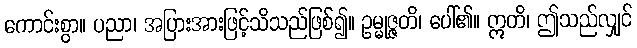
ကောင်းစွာ။ ပညာ၊ အပြားအားဖြင့်သိသည်ဖြစ်၍။ ဥမ္မုဇ္ဇတိ၊ ပေါ်၏။ ဣတိ၊ ဤသည်လျှင်